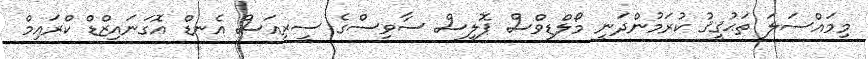
މިމައްސަލަ ތަޙުޤީޤު ކުރަމުންދަނީ މޯލްޑިވްސް ޕޮލިސް ސާވިސްގެ ސީރިއަސް އެނޑް އޮގަނައިޒްޑް ކްރައިމް